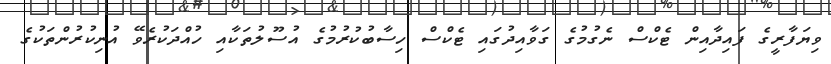
ވިޔަފާރީގެ ފައިދާއިން ޓެކްސް ނެގުމުގެ ގަވާއިދުގައި ޓެކްސް ހިސާބުކުރުމުގެ އުސޫލުތަކާއި ހުއްދަކުރެވޭ އުނިކުރުންތަކުގެ